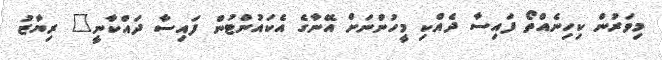
މިވަރުން ކިހިނެއްތޯ ފައިސާ ދެއްކި މީހުންނަށް އޭނާގެ އެކައުންޓުން ފައިސާ ދައްކާނީ" ރިޔާޒު